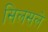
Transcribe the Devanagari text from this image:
सिलसले